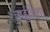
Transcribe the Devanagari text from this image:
चाहुदिशा